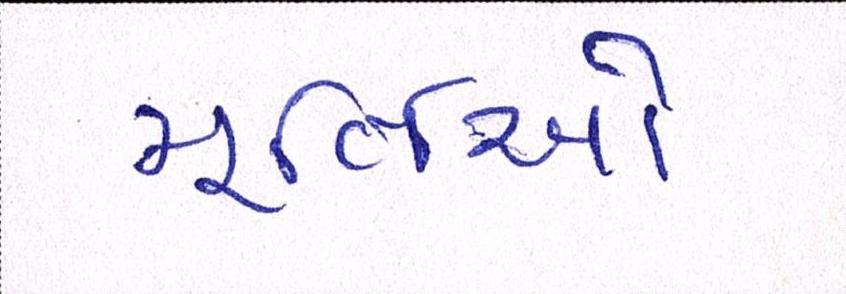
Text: મૂર્તિઓ